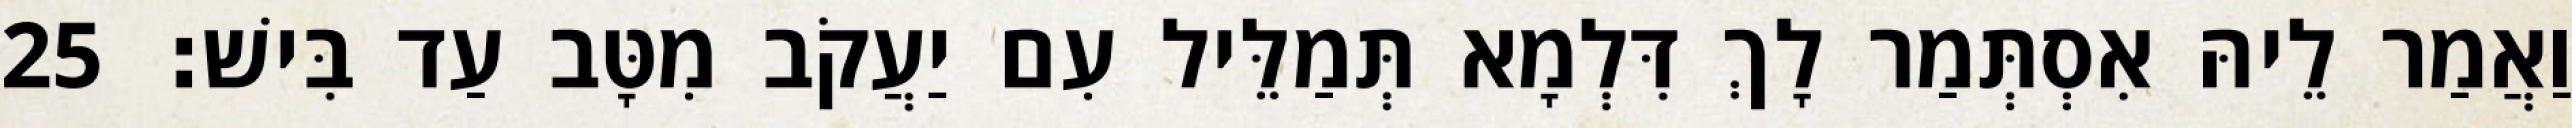
וַאֲמַר לֵיהּ אִסְתְּמַר לָךְ דִּלְמָא תְּמַלֵּיל עִם יַעֲקֹב מִטָּב עַד בִּישׁ׃ 25